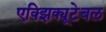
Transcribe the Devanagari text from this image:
एक्झिक्यूटेबल